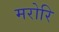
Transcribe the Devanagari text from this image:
मरोरि